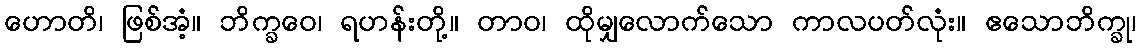
ဟောတိ၊ ဖြစ်အံ့။ ဘိက္ခဝေ၊ ရဟန်းတို့။ တာဝ၊ ထိုမျှလောက်သော ကာလပတ်လုံး။ ဧသောဘိက္ခု၊